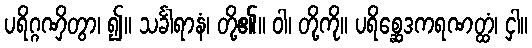
ပရိဂ္ဂဏှိတွာ၊ ၍။ သင်္ခါရာနံ၊ တို့၏။ ဝါ၊ တို့ကို။ ပရိစ္ဆေဒကရဏတ္ထံ၊ ငှါ။